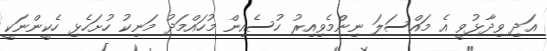
އަދި ވިދާޅުވީ އެ މައްސަލަ ނިންމެވިއިރު ހުސެއިން މުހައްމަދު މަނިކު ހުށަހެޅި ހެކީންނަކީ